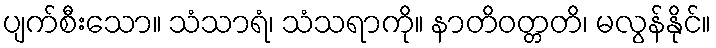
ပျက်စီးသော။ သံသာရံ၊ သံသရာကို။ နာတိဝတ္တတိ၊ မလွန်နိုင်။